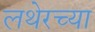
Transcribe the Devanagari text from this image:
लथेरच्या